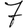
Digit: 7